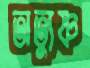
অত্যুষ্ণ